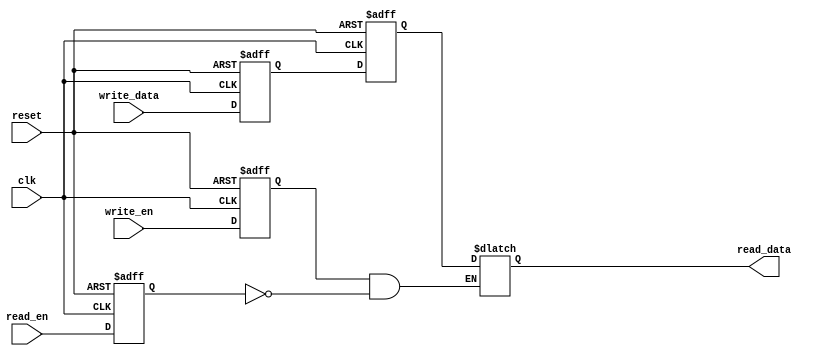
module Asynchronous_FIFO (
    input wire reset,
    input wire clk,
    input wire write_data,
    input wire write_en,
    output wire read_data,
    input wire read_en
);

// Define delay lines and flip-flops for synchronization
reg [15:0] write_data_reg;
reg [15:0] read_data_reg;
reg write_en_reg;
reg read_en_reg;

always @(posedge clk or posedge reset) begin
    if (reset) begin
        write_data_reg <= 16'b0;
        read_data_reg <= 16'b0;
        write_en_reg <= 1'b0;
        read_en_reg <= 1'b0;
    end else begin
        write_data_reg <= write_data;
        read_data_reg <= write_data_reg;
        write_en_reg <= write_en;
        read_en_reg <= read_en;
    end
end

// Implement FIFO buffer logic
always @(*) begin
    if (write_en_reg && !read_en_reg) begin
        read_data = read_data_reg;
    end
end

endmodule